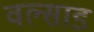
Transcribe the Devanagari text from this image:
वल्साड